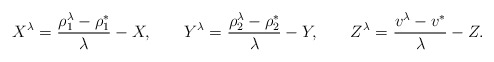
\begin{align*} X^\lambda = \ & \frac{\rho_1^\lambda - \rho_1^*}{\lambda} - X, & Y^\lambda = \ & \frac{\rho_2^\lambda - \rho_2^*}{\lambda} - Y, & Z^\lambda = \ & \frac{v^\lambda - v^*}{\lambda} - Z. \end{align*}